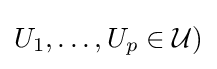
U_{1},\dots ,U_{p}\in {\mathcal {U}})